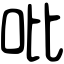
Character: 吡